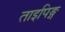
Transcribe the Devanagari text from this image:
ताइपिङ्ग